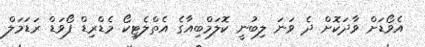
އެވޯޑަށް ވާދަކޮށް ދެ ވަނަ ލިބުނީ ކޮލަމްބިއާގެ އެތްލެޓިކޯ މެޑްރިޑް ފޯވަޑް ރަޑަމަލް